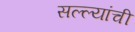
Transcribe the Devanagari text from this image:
सल्ल्यांची